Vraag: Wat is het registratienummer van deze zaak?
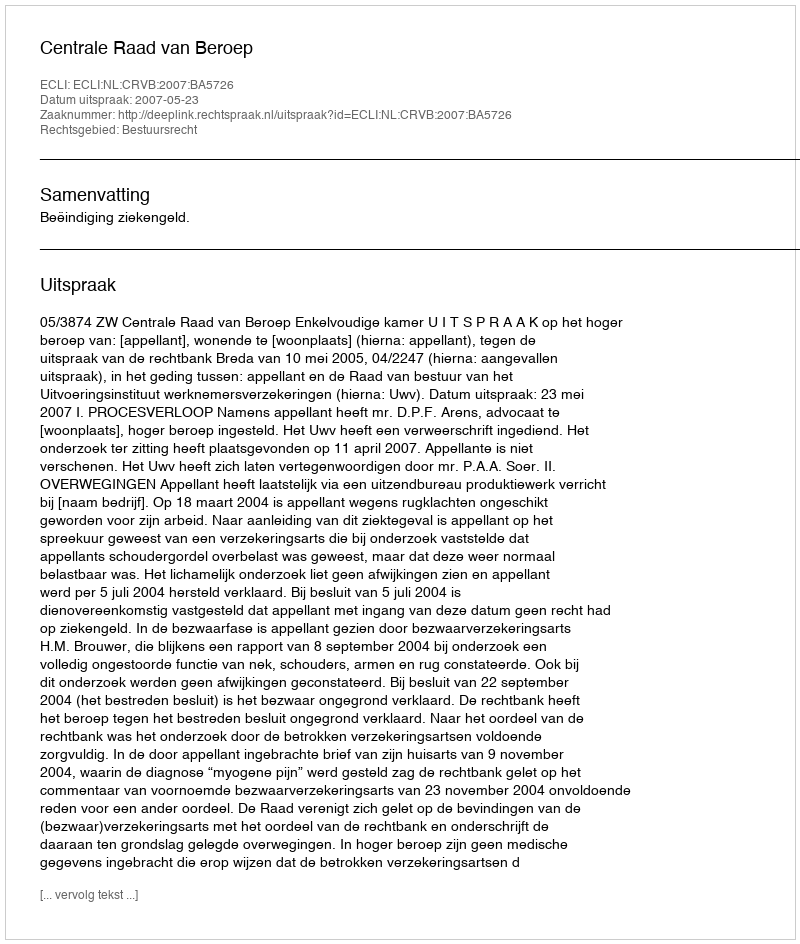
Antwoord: http://deeplink.rechtspraak.nl/uitspraak?id=ECLI:NL:CRVB:2007:BA5726